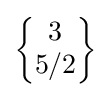
{\begin{Bmatrix}3\\5/2\end{Bmatrix}}